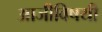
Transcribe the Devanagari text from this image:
आजीविषयी